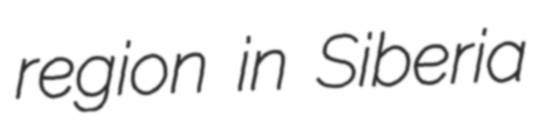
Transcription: region in Siberia